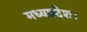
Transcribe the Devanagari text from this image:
मध्‍यप्रदेश।